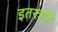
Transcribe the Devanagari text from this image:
इतरत्रहि